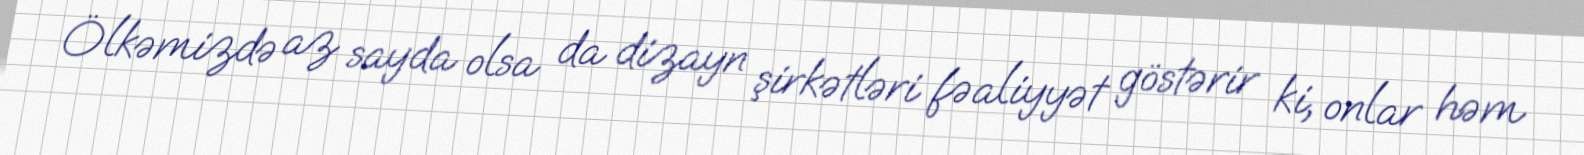
Ölkəmizdə az sayda olsa da dizayn şirkətləri fəaliyyət göstərir ki, onlar həm